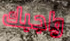
واجبك